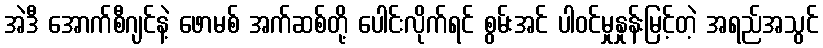
အဲဒီ အောက်စီဂျင်နဲ့ ဖောမစ် အက်ဆစ်တို့ ပေါင်းလိုက်ရင် စွမ်းအင် ပါဝင်မှုနှုန်းမြင့်တဲ့ အရည်အသွင်